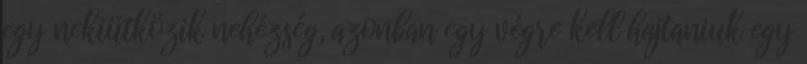
egy nekiütközik nehézség, azonban egy végre kell hajtaniuk egy